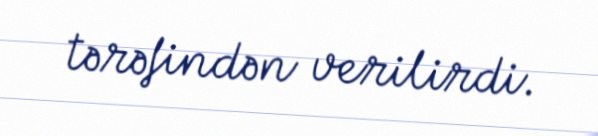
tərəfindən verilirdi.